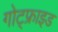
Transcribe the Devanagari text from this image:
गोट्फ्राइड